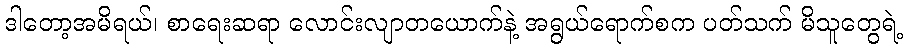
ဒါတော့အမိရယ်၊ စာရေးဆရာ လောင်းလျာတယောက်နဲ့ အရွယ်ရောက်စက ပတ်သက် မိသူတွေရဲ့